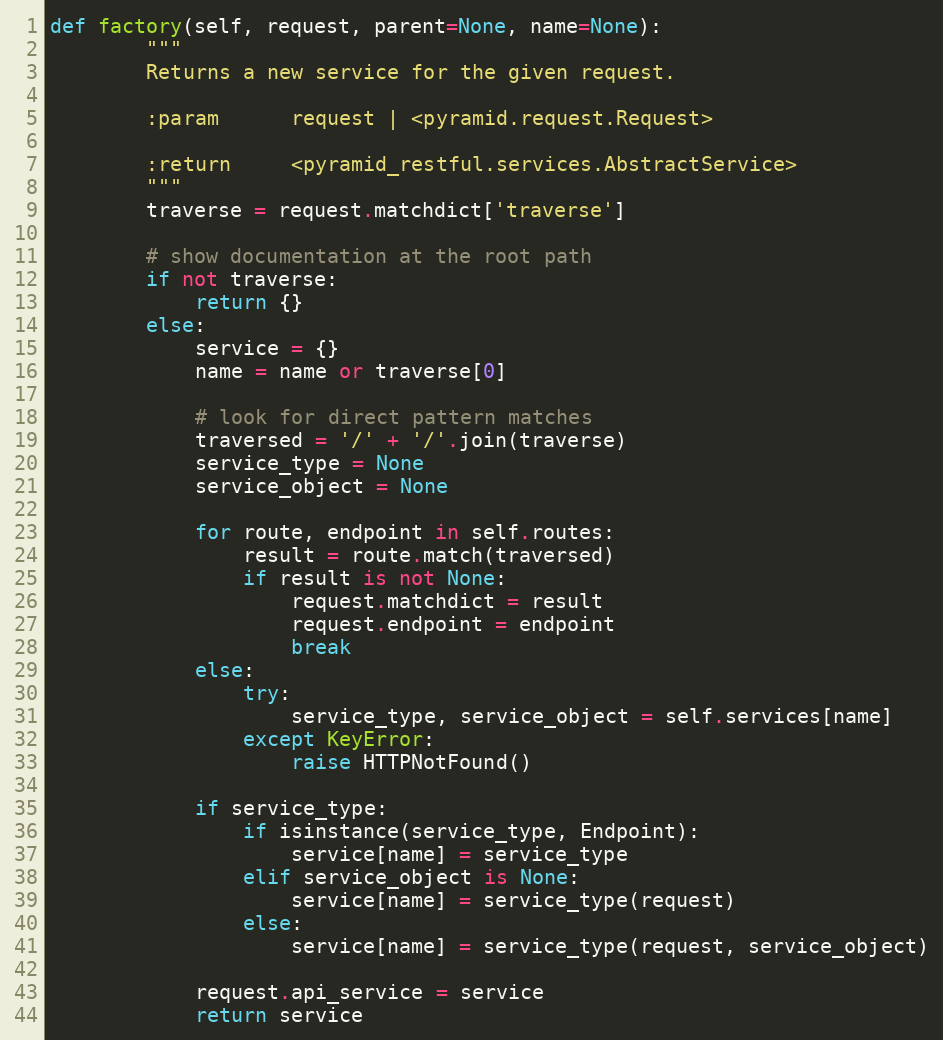
Language: Python
def factory(self, request, parent=None, name=None):
        """
        Returns a new service for the given request.

        :param      request | <pyramid.request.Request>

        :return     <pyramid_restful.services.AbstractService>
        """
        traverse = request.matchdict['traverse']

        # show documentation at the root path
        if not traverse:
            return {}
        else:
            service = {}
            name = name or traverse[0]

            # look for direct pattern matches
            traversed = '/' + '/'.join(traverse)
            service_type = None
            service_object = None

            for route, endpoint in self.routes:
                result = route.match(traversed)
                if result is not None:
                    request.matchdict = result
                    request.endpoint = endpoint
                    break
            else:
                try:
                    service_type, service_object = self.services[name]
                except KeyError:
                    raise HTTPNotFound()

            if service_type:
                if isinstance(service_type, Endpoint):
                    service[name] = service_type
                elif service_object is None:
                    service[name] = service_type(request)
                else:
                    service[name] = service_type(request, service_object)

            request.api_service = service
            return service